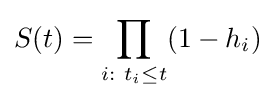
S(t)=\prod \limits _{i:\ t_{i}\leq t}(1-h_{i})